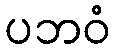
ပဘဝံ